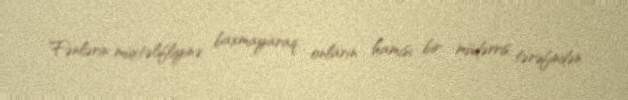
Fənlərin müxtəlifliyinə baxmayaraq, onların hamısı bir müdərris tərəfindən